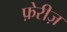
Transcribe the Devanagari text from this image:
फ़ेरीज़